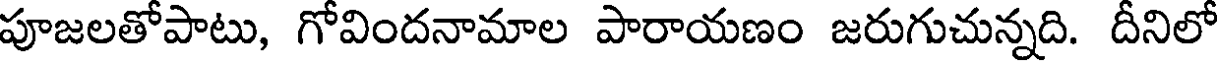
పూజలతోపాటు, గోవిందనామాల పారాయణం జరుగుచున్నది. దీనిలో